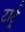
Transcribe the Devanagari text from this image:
टार्टू